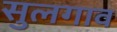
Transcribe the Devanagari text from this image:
सुलगाव